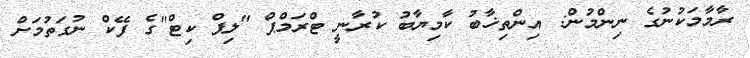
ރާމާމަކުނުގެ ނިންމުން: އިންތިޚާބު ކާމިޔާބު ކުރާނީ ޓްރަމްޕް "ލިޕް ކިޓް"ގެ ފޭކް ނުގަތުމަށް